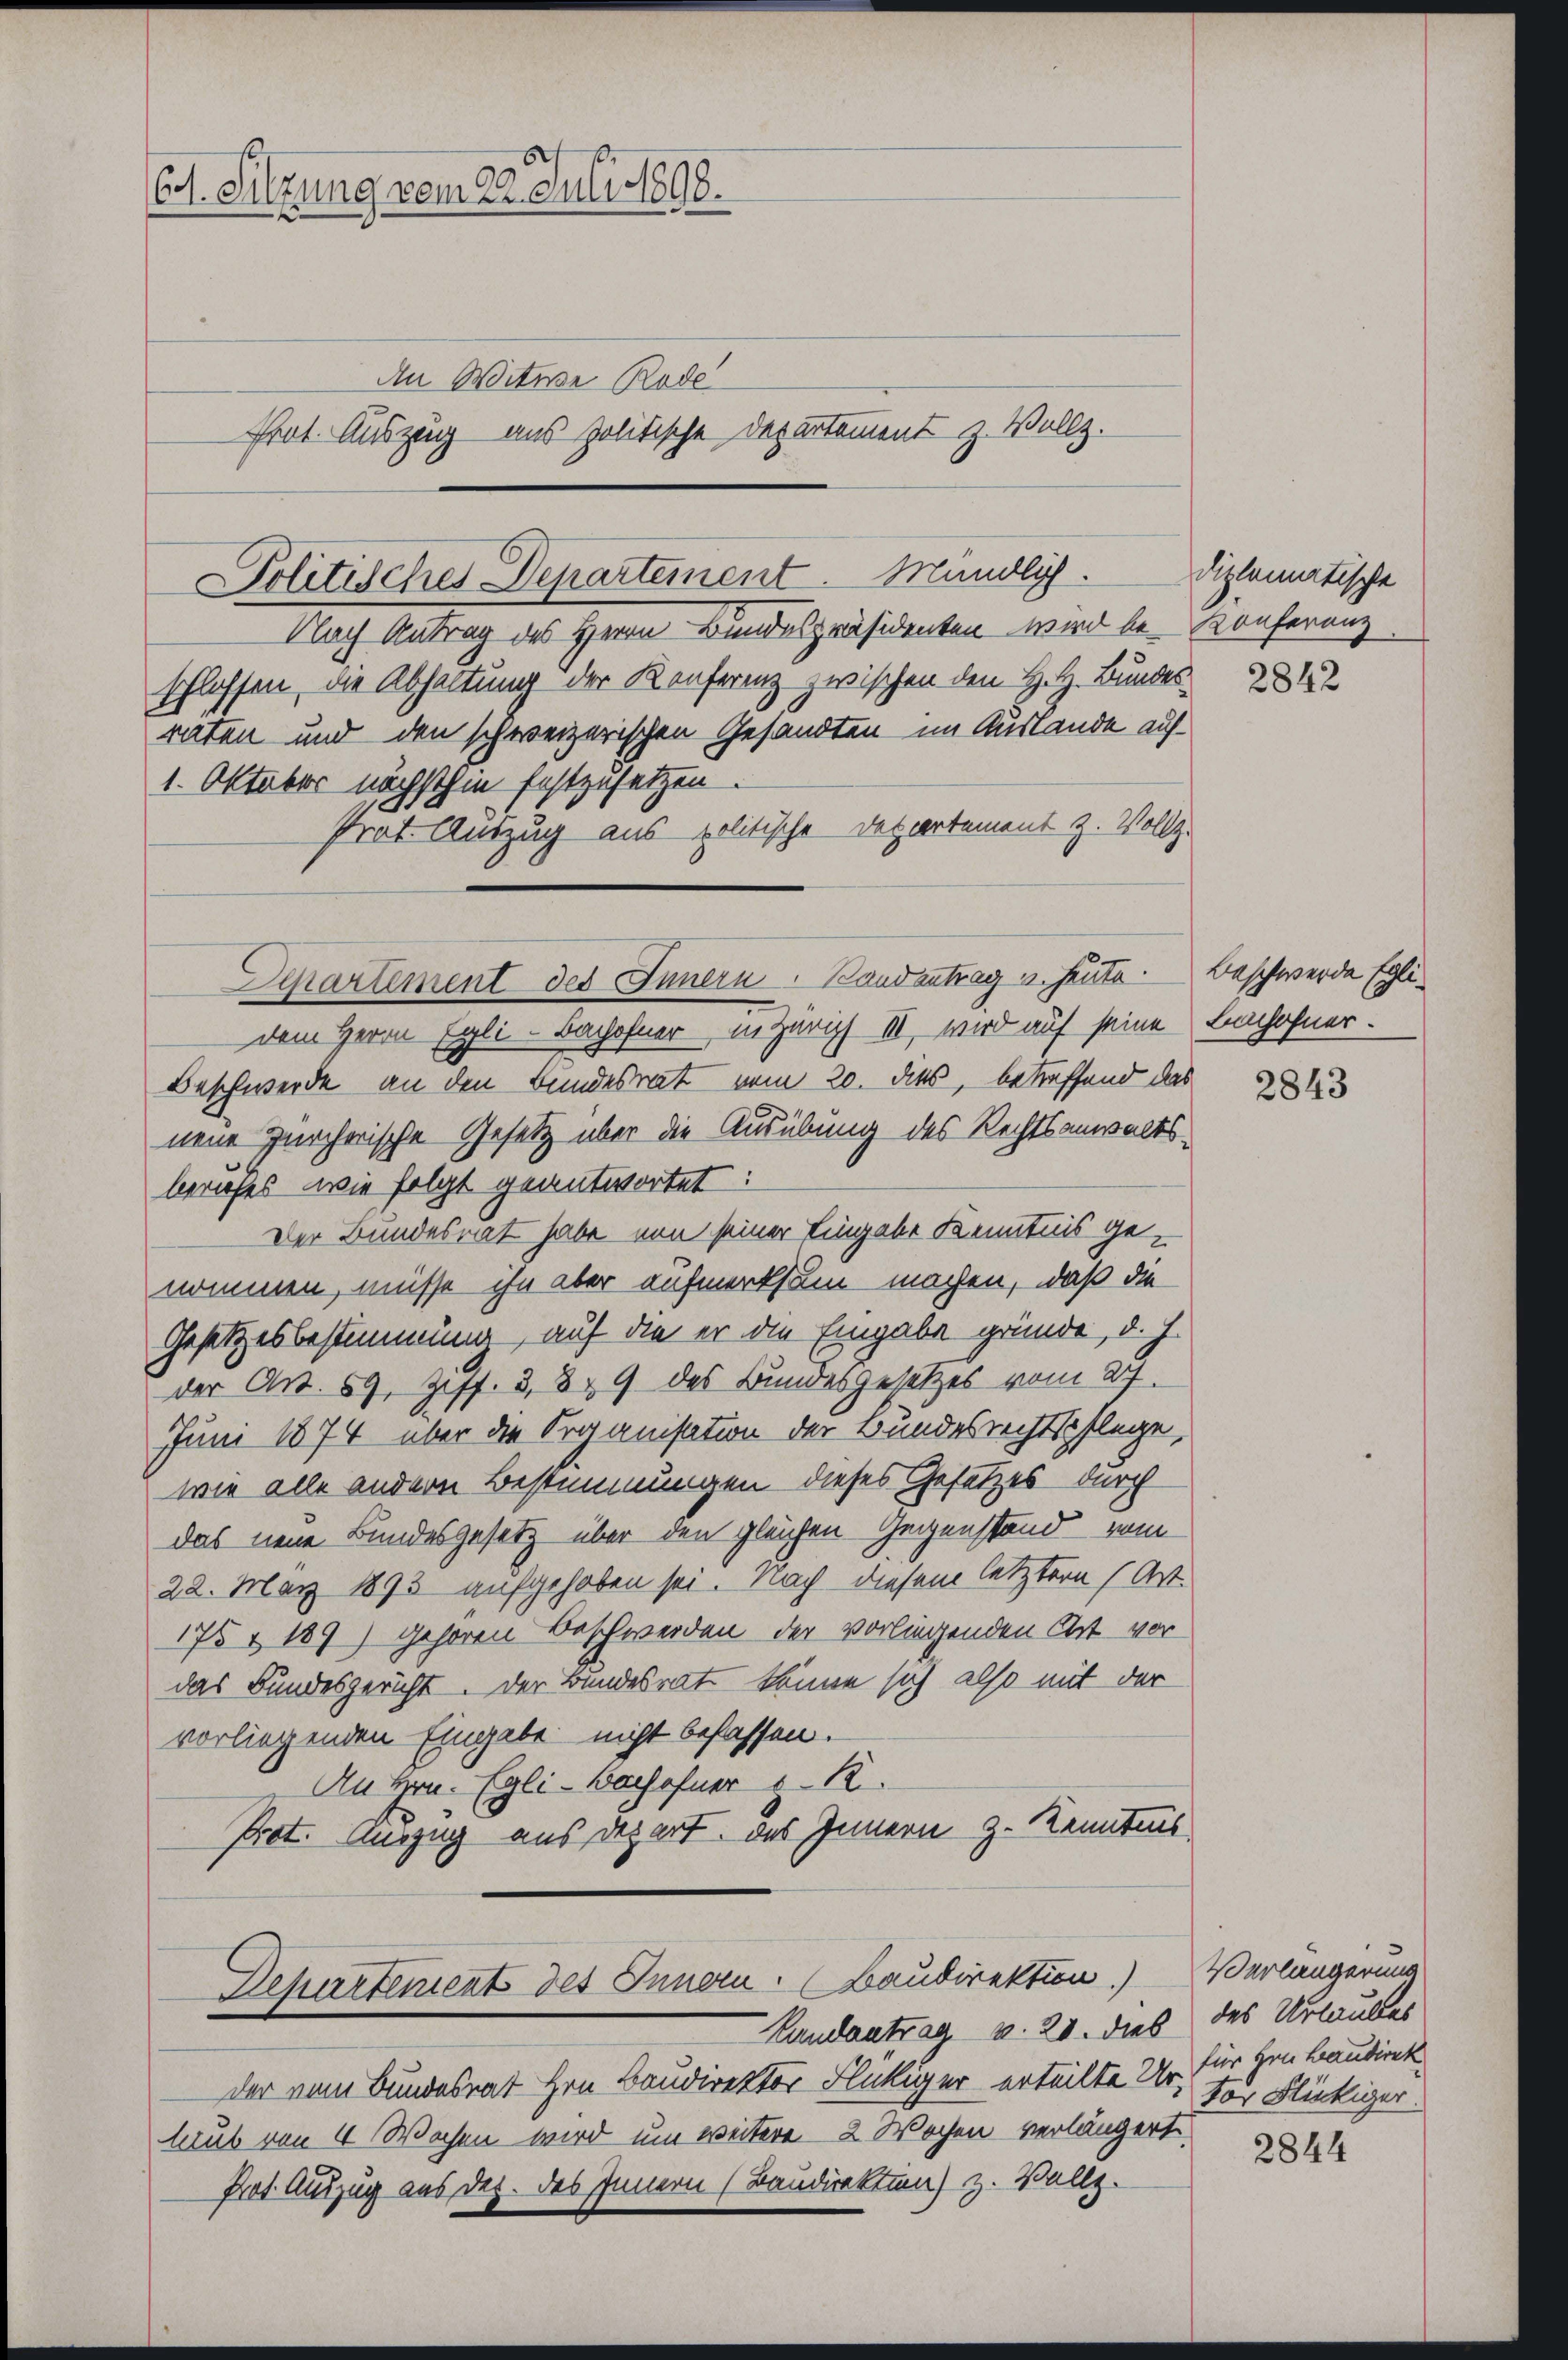
C. Sitzung vom 22. Juli 1898.

An Witwe Rode
frot. Auszug aus politische Departement z. Vollz.

Politisches Departement. Mündlich.

Nach Antrag des Herrn Bundespräsidenten wird be-
schlossen, die Abhaltung der Konferenz zwischen den H. H. Bunder
raten und den schweizerischen Gesandten im Auslande auf
1. Oktober nächsthin festzusetzen.
Prat Auszug aus politische Detzartement z. Vollz-
dem Herrn Egli - Bachofner in Zürich III, wird auf seine
Beschwerde an den Bundesrat vom 20. dies, betreffend de
neue Zürcherische Gesetz über die Ausübung des Rechtsanwalts
berufes wie folgt geantwortet:
Der Bundesrat habe nun seiner Eingabe Kenntnis genommen, müsse ihn aber aufmerksam machen, daß die
Gesetzesbestimmung, auf die er die Eingabe gründe, d. J.
der Art. 59, Ziff. 3, 8, 9 des Bundesgesetzes vom 27
Juni 1874 über die Organisation der Bundesrechtspflege,
wie alle andern Bestimmungen dieses Gesetzes durch
das neue Bundesgesetz über den gleichen Gegenstand vom
22. März 1893 aufgehoben sei. Nach diesem letztere (Ar
175 & 189) gehören Beschwerden der vorliegenden Art vor
das Bundesgericht der Bundesrat könne sich also mit der
vorliegenden Eingabe nicht befassen.
An Hrn. Egli-Bachofner R
Prot. Auszug aus depart. Das Innern z. Kenntnis

Derartement des Innern. Bandantrag u. heute. Beschwerde Egli¬

Departement des Innern. (Baudirektion.) Verlängerung
Landantrag v. 20. dies des Urlaubes

diplomatische
Konferenz

.

der vom Bundesrat Hrn. Baudirektor Flückiger erteilte Er, der Flückiger.
laub von 4 Wochen wird um weitere 2 Wochen verlängert.
Prot. Auszug aus dez. des Innern (Baudirektion z. Vollz.

2
i

2842

Lachofner.

2843

für Hrn. Baudirek

2844